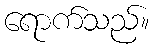
ရောက်သည်။